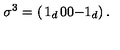
\sigma ^ { 3 } = \left( \begin{matrix} { 1 _ { d } } & { 0 } \\ { 0 } & { - 1 _ { d } } \\ \end{matrix} \right) .